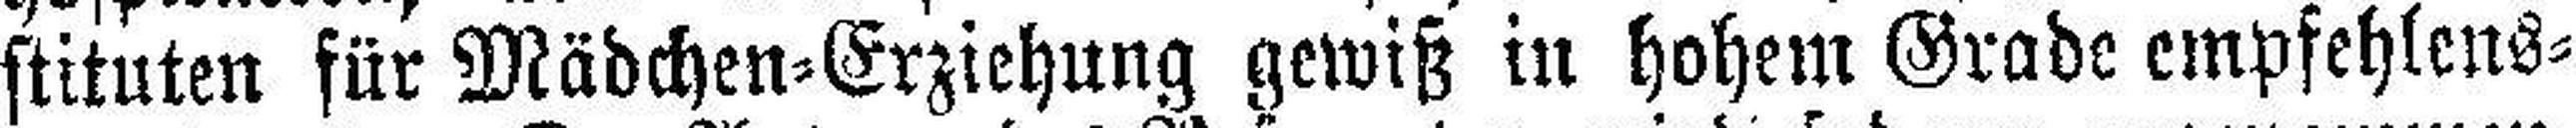
stituten für Mädchen=Erziehung gewiß in hohem Grade empfehlens¬